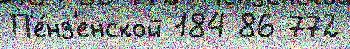
П'е́нз'енской 184 86 772